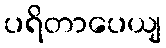
ပရိတာပေယျ